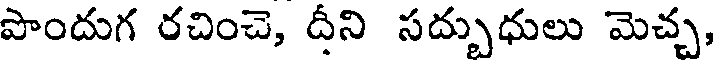
పొందుగ రచించె, దీని సద్బుధులు మెచ్చ,